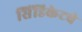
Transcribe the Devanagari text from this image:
सिंडिकेटचे